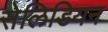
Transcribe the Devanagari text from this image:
सेलिडियन